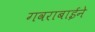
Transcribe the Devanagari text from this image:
गवराबाईने